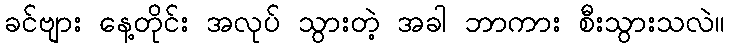
ခင်ဗျား နေ့တိုင်း အလုပ် သွားတဲ့ အခါ ဘာကား စီးသွားသလဲ။